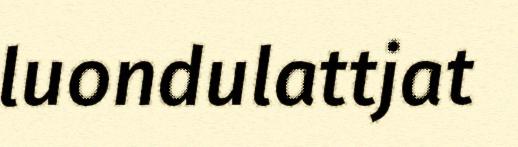
luondulattjat